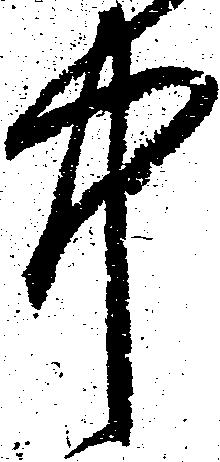
中